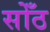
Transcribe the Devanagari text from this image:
सोँठ